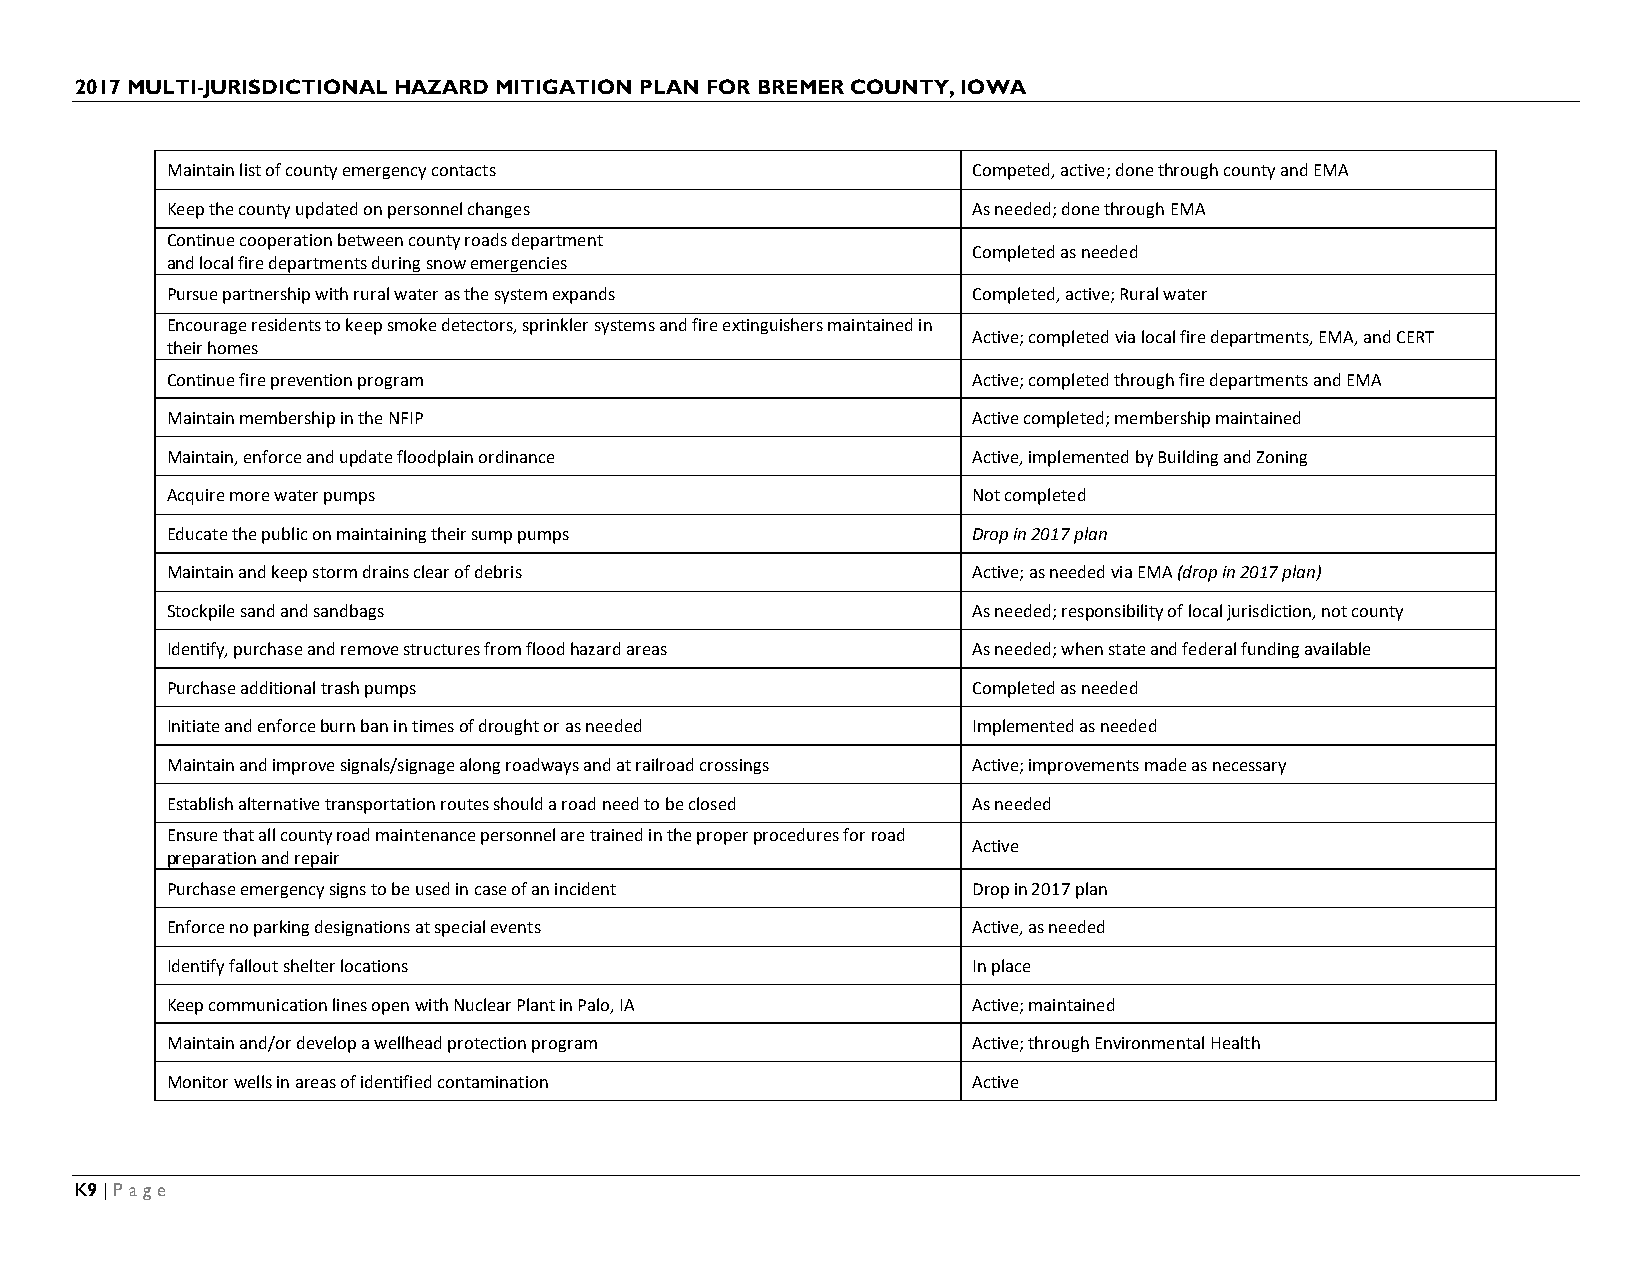
2017 MULTI-JURISDICTIONAL HAZARD MITIGATION PLAN FOR BREMER COUNTY, IOWA
 Maintain list of county emergency contacts           Competed, active; done through county and EMA
 Keep the county updated on personnel changes         As needed; done through EMA
 Continue cooperation between county roads department
 Completed as needed
 and local fire departments during snow emergencies
 Pursue partnership with rural water as the system expands Completed, active; Rural water
 Encourage residents to keep smoke detectors, sprinkler systems and fire extinguishers maintained in
 Active; completed via local fire departments, EMA, and CERT
 their homes
 Continue fire prevention program                     Active; completed through fire departments and EMA
 Maintain membership in the NFIP                      Active completed; membership maintained
 Maintain, enforce and update floodplain ordinance    Active, implemented by Building and Zoning
 Acquire more water pumps                             Not completed
 Educate the public on maintaining their sump pumps   Drop in 2017 plan
 Maintain and keep storm drains clear of debris       Active; as needed via EMA (drop in 2017 plan)
 Stockpile sand and sandbags                          As needed; responsibility of local jurisdiction, not county
 Identify, purchase and remove structures from flood hazard areas As needed; when state and federal funding available
 Purchase additional trash pumps                      Completed as needed
 Initiate and enforce burn ban in times of drought or as needed Implemented as needed
 Maintain and improve signals/signage along roadways and at railroad crossings Active; improvements made as necessary
 Establish alternative transportation routes should a road need to be closed As needed
 Ensure that all county road maintenance personnel are trained in the proper procedures for road
 Active
 preparation and repair
 Purchase emergency signs to be used in case of an incident Drop in 2017 plan
 Enforce no parking designations at special events    Active, as needed
 Identify fallout shelter locations                   In place
 Keep communication lines open with Nuclear Plant in Palo, IA Active; maintained
 Maintain and/or develop a wellhead protection program Active; through Environmental Health
 Monitor wells in areas of identified contamination   Active
 K9 | Page